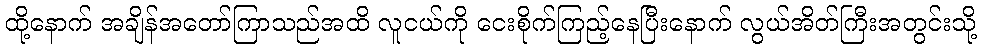
ထို့နောက် အချိန်အတော်ကြာသည်အထိ လူငယ်ကို ငေးစိုက်ကြည့်နေပြီးနောက် လွယ်အိတ်ကြီးအတွင်းသို့